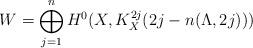
LaTeX: \begin{align*}W = \bigoplus_{j=1}^{n} H^{0}(X,K_X^{2j}(2j-n(\Lambda,2j)))\end{align*}